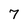
Character: 7